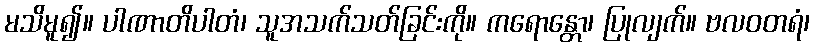
မသိမူ၍။ ပါဏာတိပါတံ၊ သူအသက်သတ်ခြင်းကို။ ကရောန္တော၊ ပြုလျက်။ ဗလဝတရံ၊